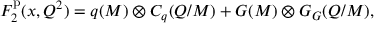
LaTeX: F _ { 2 } ^ { \mathrm { p } } ( x , Q ^ { 2 } ) = q ( M ) \otimes C _ { q } ( Q / M ) + G ( M ) \otimes G _ { G } ( Q / M ) ,